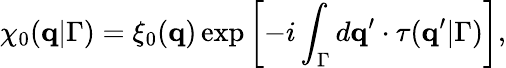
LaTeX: \chi_{0}(\mathbf{q}|\Gamma)=\xi_{0}(\mathbf{q})\exp\left[-i\int_{\Gamma}d\mathbf{q}^{\prime}\cdot\mathbf{\tau}(\mathbf{q}^{\prime}|\Gamma)\right],